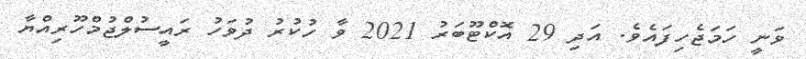
ވަނީ ހަމަޖެހިފައެވެ. އަދި 29 އޮކްޓޫބަރު 2021 ވާ ހުކުރު ދުވަހު ރައީސުލްޖުމްހޫރިއްޔާ